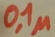
Text: 0,1µ